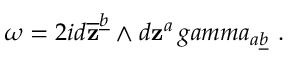
\omega = 2 i d \overline { { { \bf z } } } ^ { \underline { { b } } } \wedge d { \bf z } ^ { a } \, g a m m a _ { a \underline { { b } } } \ .